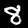
Label: 8